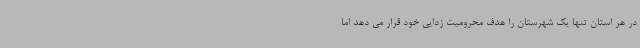
در هر استان تنها یک شهرستان را هدف محرومیت زدایی خود قرار می دهد اما